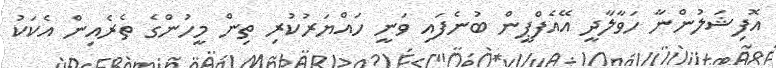
އޮފިޝަލުންނާ ހަވާލާދީ އޭއެފްޕީން ބުނެފައި ވަނީ ހައްޔަރުކުރި ތިން މީހުންގެ ތެރެއިން އެކަކު